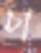
চা